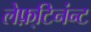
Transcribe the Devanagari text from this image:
लेफ़्टिनंन्ट